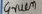
Text: Grun